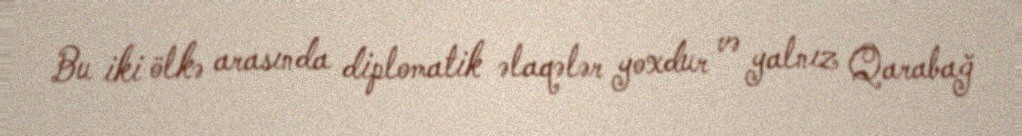
Bu iki ölkə arasında diplomatik əlaqələr yoxdur və yalnız Qarabağ